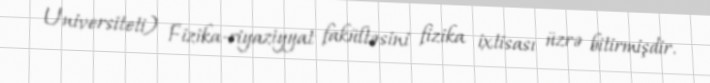
Universiteti) Fizika-riyaziyyat fakültəsini fizika ixtisası üzrə bitirmişdir.